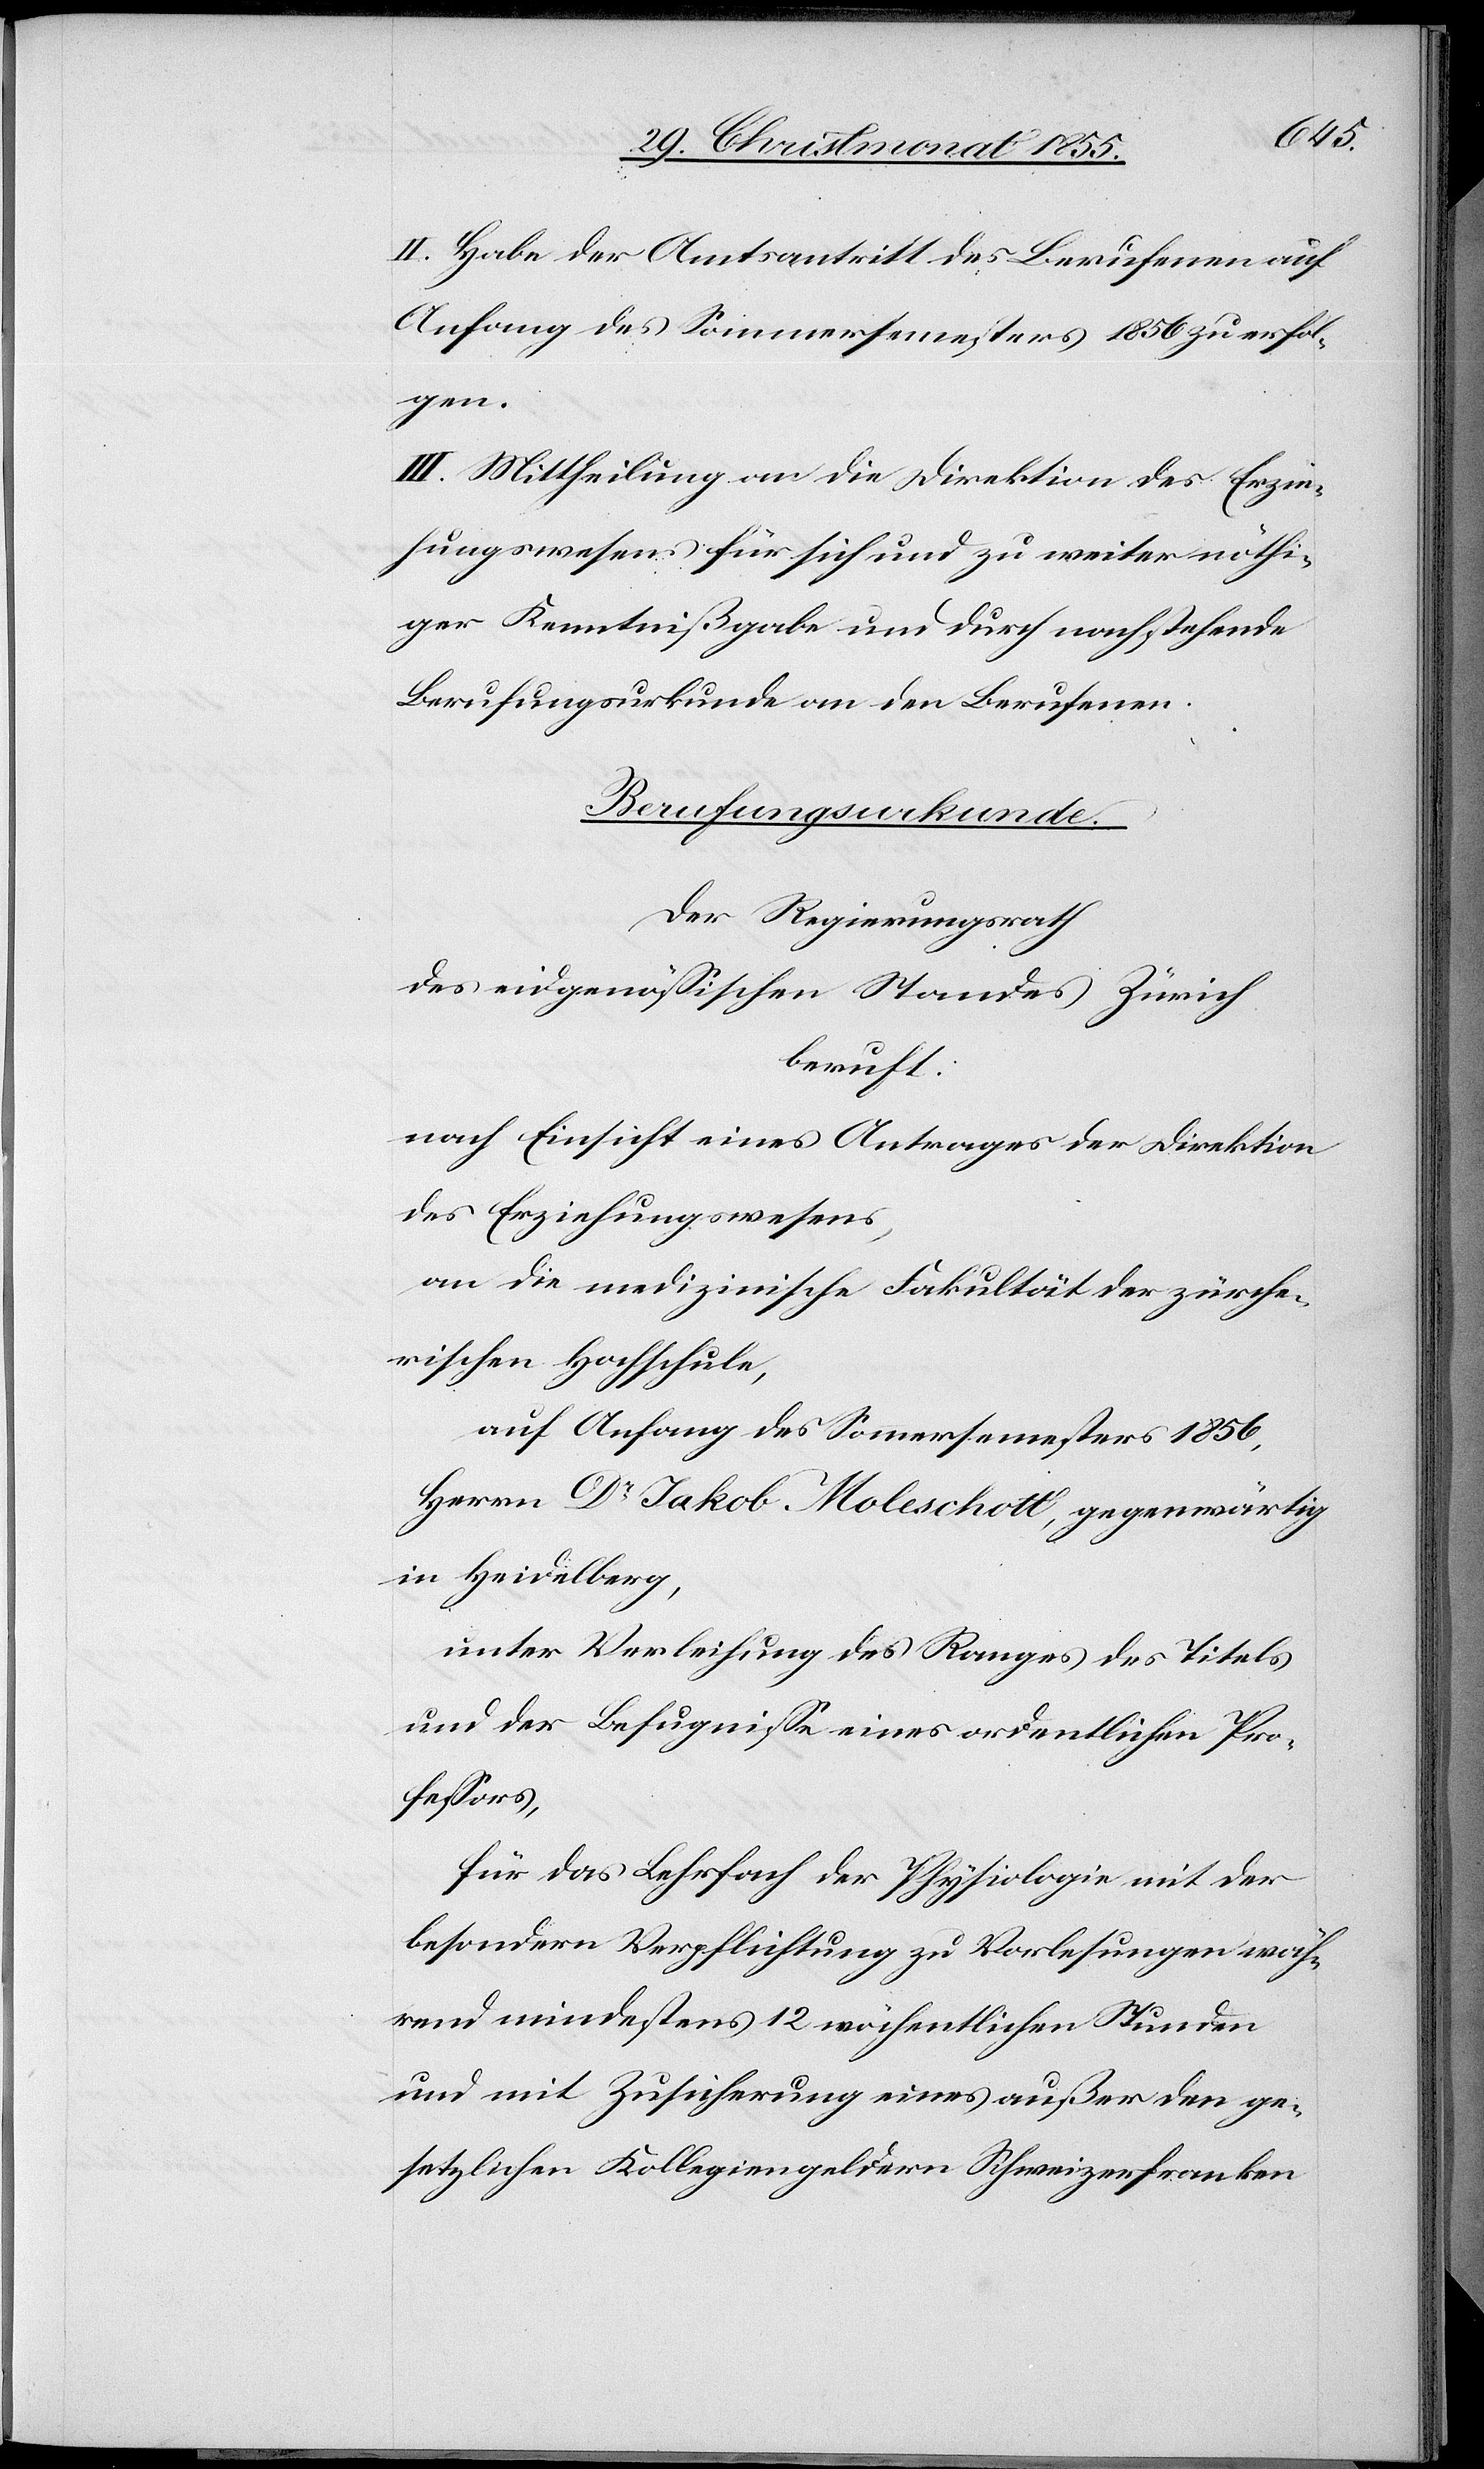
II. Habe der Amtsantritt des Berufenen auf
Anfang des Sommersemesters 1856 zu erfol¬
gen.
III. Mittheilung an die Direktion des Erzie¬
hungswesens für sich und zu weiter nöthi¬
ger Kenntnißgabe und durch nachstehende
Berufungsurkunde an den Berufenen.
Berufungsurkunde.
Der Regierungsrath
des eidgenössischen Standes Zürich
beruft:
nach Einsicht eines Antrages der Direktion
des Erziehungswesens,
an die medizinische Fakultät der zürche¬
rischen Hochschule,
auf Anfang des Sommersemesters 1856,
Herrn Dr Jakob Moleschott, gegenwärtig
in Heidelberg,
unter Verleihung des Ranges[,] des Titels
und der Befugnisse eines ordentlichen Pro¬
fessors,
für das Lehrfach der Physiologie mit der
besondern Verpflichtung zu Vorlesungen wäh¬
rend mindestens 12 wöchentlichen Stunden
und mit Zusicherung eines außer den ge¬
setzlichen Kollegiengeldern Schweizerfranken